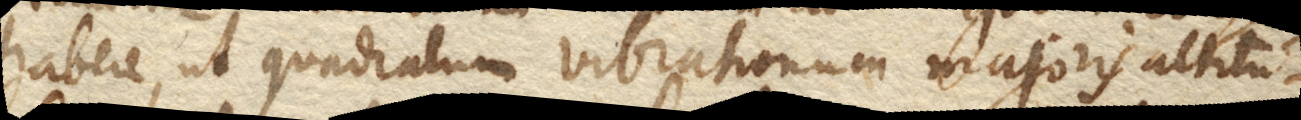
habere, ut quadratum vibrationum majoris altitu–